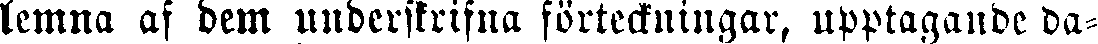
lemna af dem underskrifna förteckningar, upptagande da-